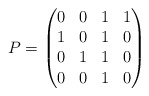
\begin{align*}P=\begin{pmatrix} 0 & 0 & 1 & 1\\ 1 & 0 & 1 & 0\\ 0 & 1 & 1 & 0\\ 0 & 0 & 1 & 0\end{pmatrix}\end{align*}